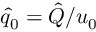
\hat { q } _ { 0 } = \hat { Q } / u _ { 0 }